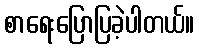
စာရေးပြောပြခဲ့ပါတယ်။